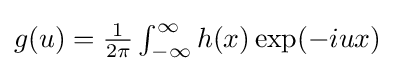
{\textstyle g(u)={\frac {1}{2\pi }}\int _{-\infty }^{\infty }h(x)\exp(-iux)}